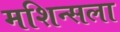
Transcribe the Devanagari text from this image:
मशिन्सला